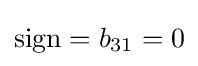
{\text{sign}}=b_{31}=0